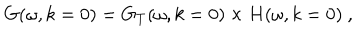
LaTeX: G ( \omega , k = 0 ) = G _ { T } ( \omega , k = 0 ) \times H ( \omega , k = 0 ) \ ,